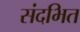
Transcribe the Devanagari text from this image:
संदभित